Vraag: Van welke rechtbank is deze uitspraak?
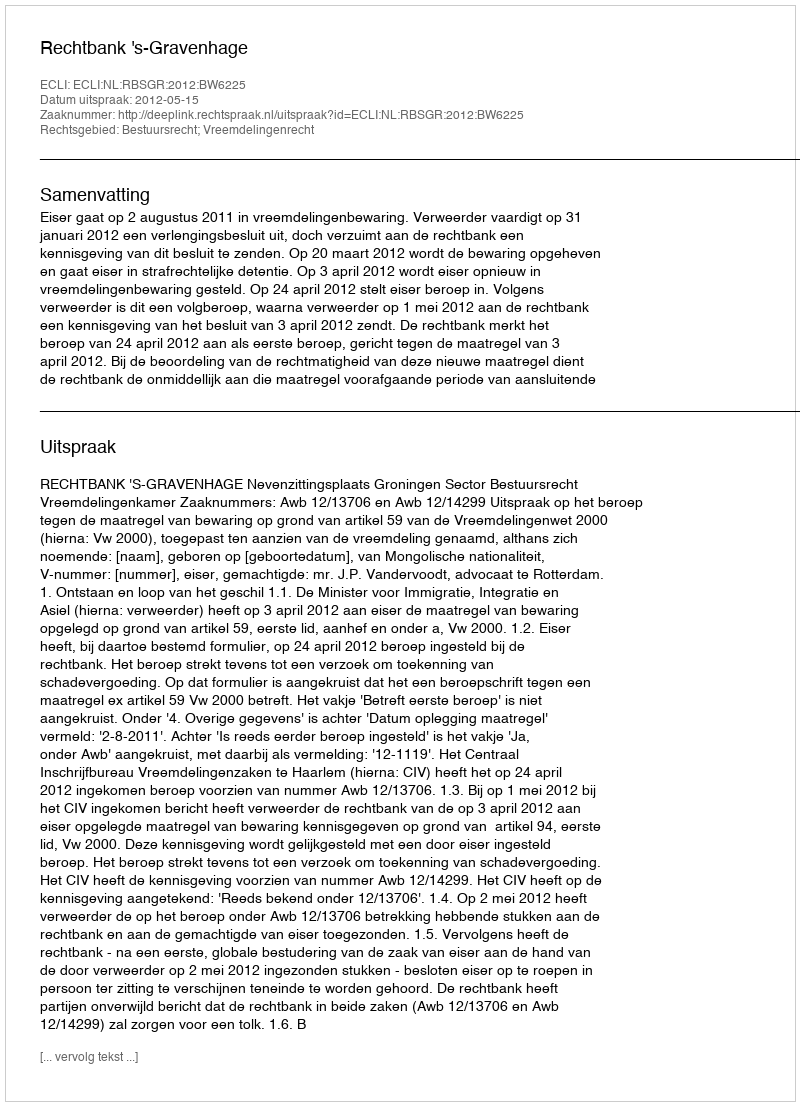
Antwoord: Rechtbank 's-Gravenhage